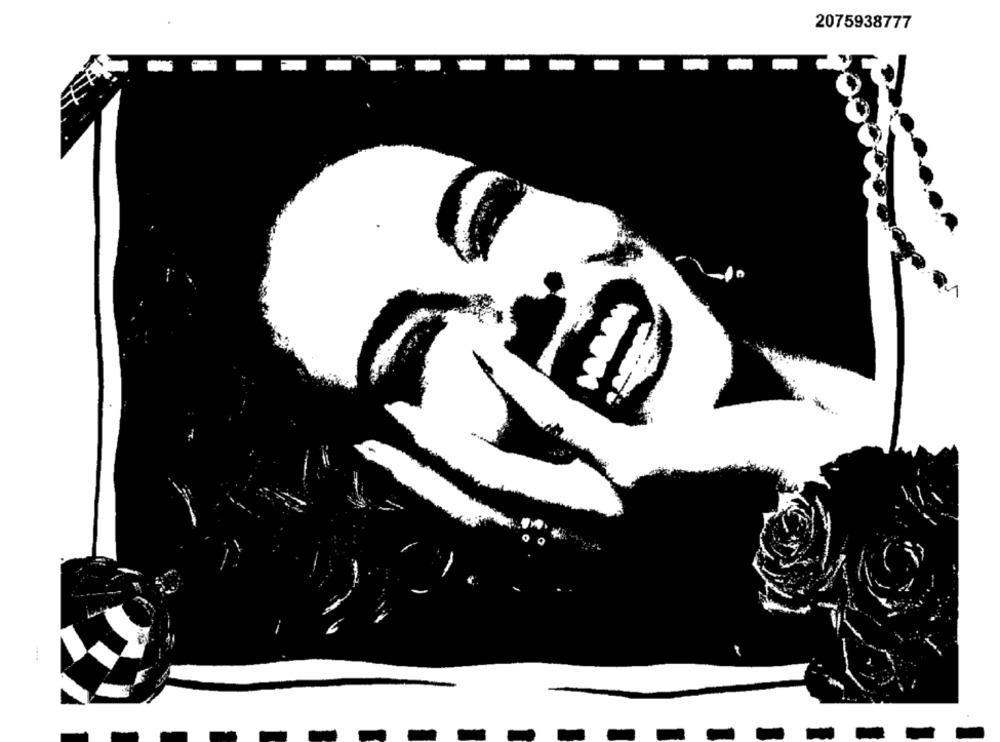
2075938777
-.